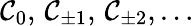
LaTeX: \mathcal{C}_{0},\, \mathcal{C}_{\pm1},\, \mathcal{C}_{\pm2},\ldots